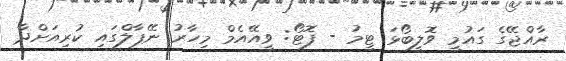
ރާއްޖޭގެ ގައުމީ ވޮލީބޯޅަ ޓީމު - ފޮޓޯ: ވީއޭއެމް މިހާރު ނޭޕާލްގައި ކުރިއަށްދާ